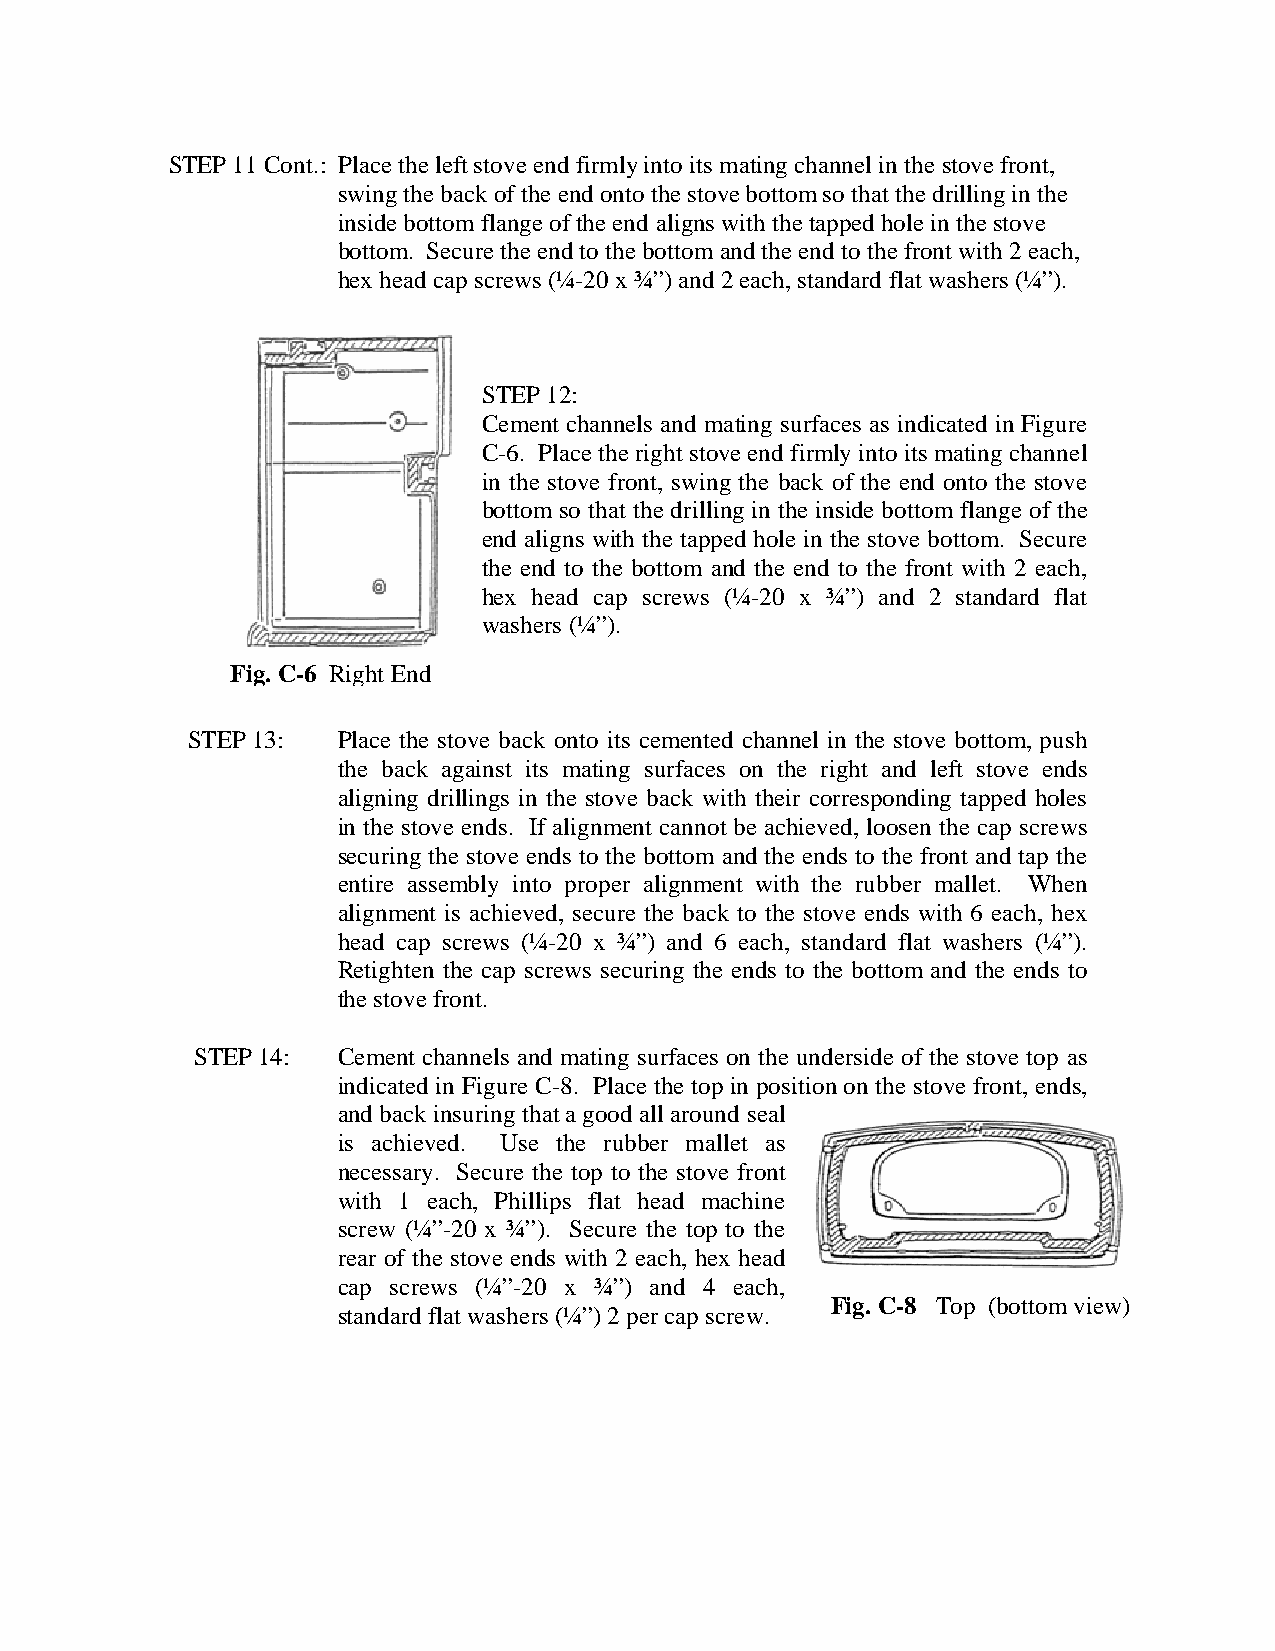
STEP 11 Cont.: Place the left stove end firmly into its mating channel in the stove front,
 swing the back of the end onto the stove bottom so that the drilling in the
 inside bottom flange of the end aligns with the tapped hole in the stove
 bottom. Secure the end to the bottom and the end to the front with 2 each,
 hex head cap screws (¼-20 x ¾”) and 2 each, standard flat washers (¼”).
 STEP 12:
 Cement channels and mating surfaces as indicated in Figure
 C-6. Place the right stove end firmly into its mating channel
 in the stove front, swing the back of the end onto the stove
 bottom so that the drilling in the inside bottom flange of the
 end aligns with the tapped hole in the stove bottom. Secure
 the end to the bottom and the end to the front with 2 each,
 hex head cap screws (¼-20 x ¾”) and 2 standard flat
 washers (¼”).
 Fig. C-6 Right End
 STEP 13:  Place the stove back onto its cemented channel in the stove bottom, push
 the back against its mating surfaces on the right and left stove ends
 aligning drillings in the stove back with their corresponding tapped holes
 in the stove ends. If alignment cannot be achieved, loosen the cap screws
 securing the stove ends to the bottom and the ends to the front and tap the
 entire assembly into proper alignment with the rubber mallet. When
 alignment is achieved, secure the back to the stove ends with 6 each, hex
 head cap screws (¼-20 x ¾”) and 6 each, standard flat washers (¼”).
 Retighten the cap screws securing the ends to the bottom and the ends to
 the stove front.
 STEP 14: Cement channels and mating surfaces on the underside of the stove top as
 indicated in Figure C-8. Place the top in position on the stove front, ends,
 and back insuring that a good all around seal
 is achieved. Use the rubber mallet as
 necessary. Secure the top to the stove front
 with 1 each, Phillips flat head machine
 screw (¼”-20 x ¾”). Secure the top to the
 rear of the stove ends with 2 each, hex head
 cap screws (¼”-20 x ¾”) and 4 each,
 Fig. C-8 Top (bottom view)
 standard flat washers (¼”) 2 per cap screw.